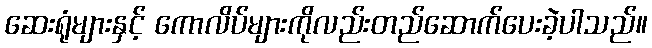
ဆေးရုံများနှင့် ကောလိပ်များကိုလည်းတည်ဆောက်ပေးခဲ့ပါသည်။